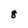
Character: 8